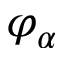
\varphi _ { \alpha }